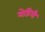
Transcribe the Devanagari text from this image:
मेडिमी